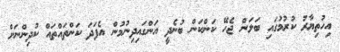
އިހުތިޔާރު ކުރުމުގައި ބަލަން ޖެހޭ ކަންކަން ބުނެދީ އަންގައިދިނުމުން އެފަދަ ކަންތައްތައް ކުދިންނަށް